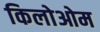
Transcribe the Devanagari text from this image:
किलोओम